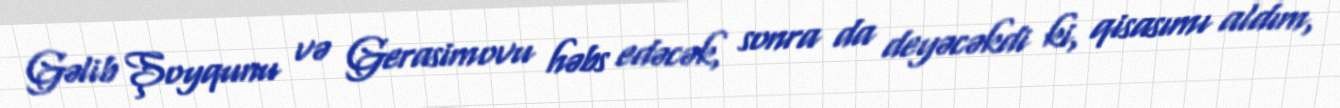
Gəlib Şoyqunu və Gerasimovu həbs edəcək, sonra da deyəcəkdi ki, qisasımı aldım,